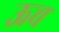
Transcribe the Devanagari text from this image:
ऊच